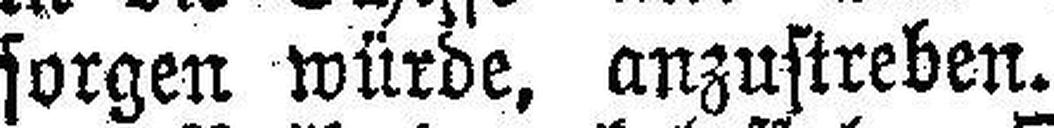
sorgen würde, anzustreben.